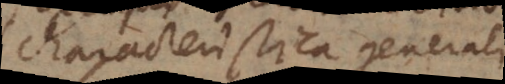
characteristica generali.